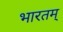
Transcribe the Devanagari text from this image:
भारतम्‌